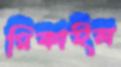
মিকাইল